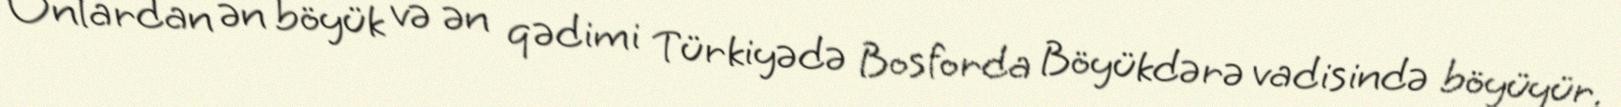
Onlardan ən böyük və ən qədimi Türkiyədə Bosforda Böyükdərə vadisində böyüyür.